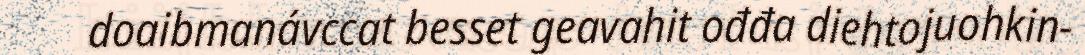
doaibmanávccat besset geavahit ođđa diehtojuohkin-